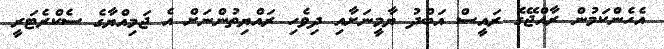
އެހެންކަމުން ރާއްޖޭގެ ރައީސް އަބްދު ޔާމީނަށާއި ދިވެހި ރައްޔިތުންނަށް އެ ޖަމިއްޔާގެ ސެކްރެޓަރީ